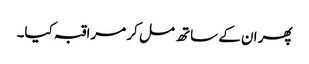
پھر ان کے ساتھ مل کر مراقبہ کیا۔